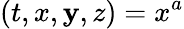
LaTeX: (t,x,\mathbf{y},z)=x^{a}